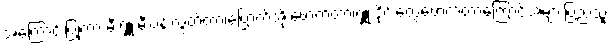
အကြောင်းပြုကာ မီးရှူးမီးပန်းလွှတ်တာ၊ဗြောက်အိုးဖောက်တာ၊ရှူးဒိုင်းတွေဖောက်တာကြောင့်အများပြည်သူ